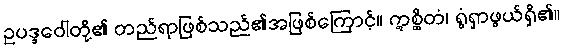
ဥပဒ္ဒဝေါတို့၏ တည်ရာဖြစ်သည်၏အဖြစ်ကြောင့်။ ဣစ္ဆိတံ၊ ရွံရှာဖွယ်ရှိ၏။